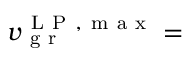
v _ { \mathrm { ~ g ~ r ~ } } ^ { \mathrm { ~ L ~ P ~ , ~ m ~ a ~ x ~ } } =